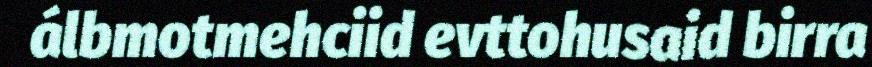
álbmotmehciid evttohusaid birra